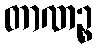
တာဏဉ္စ